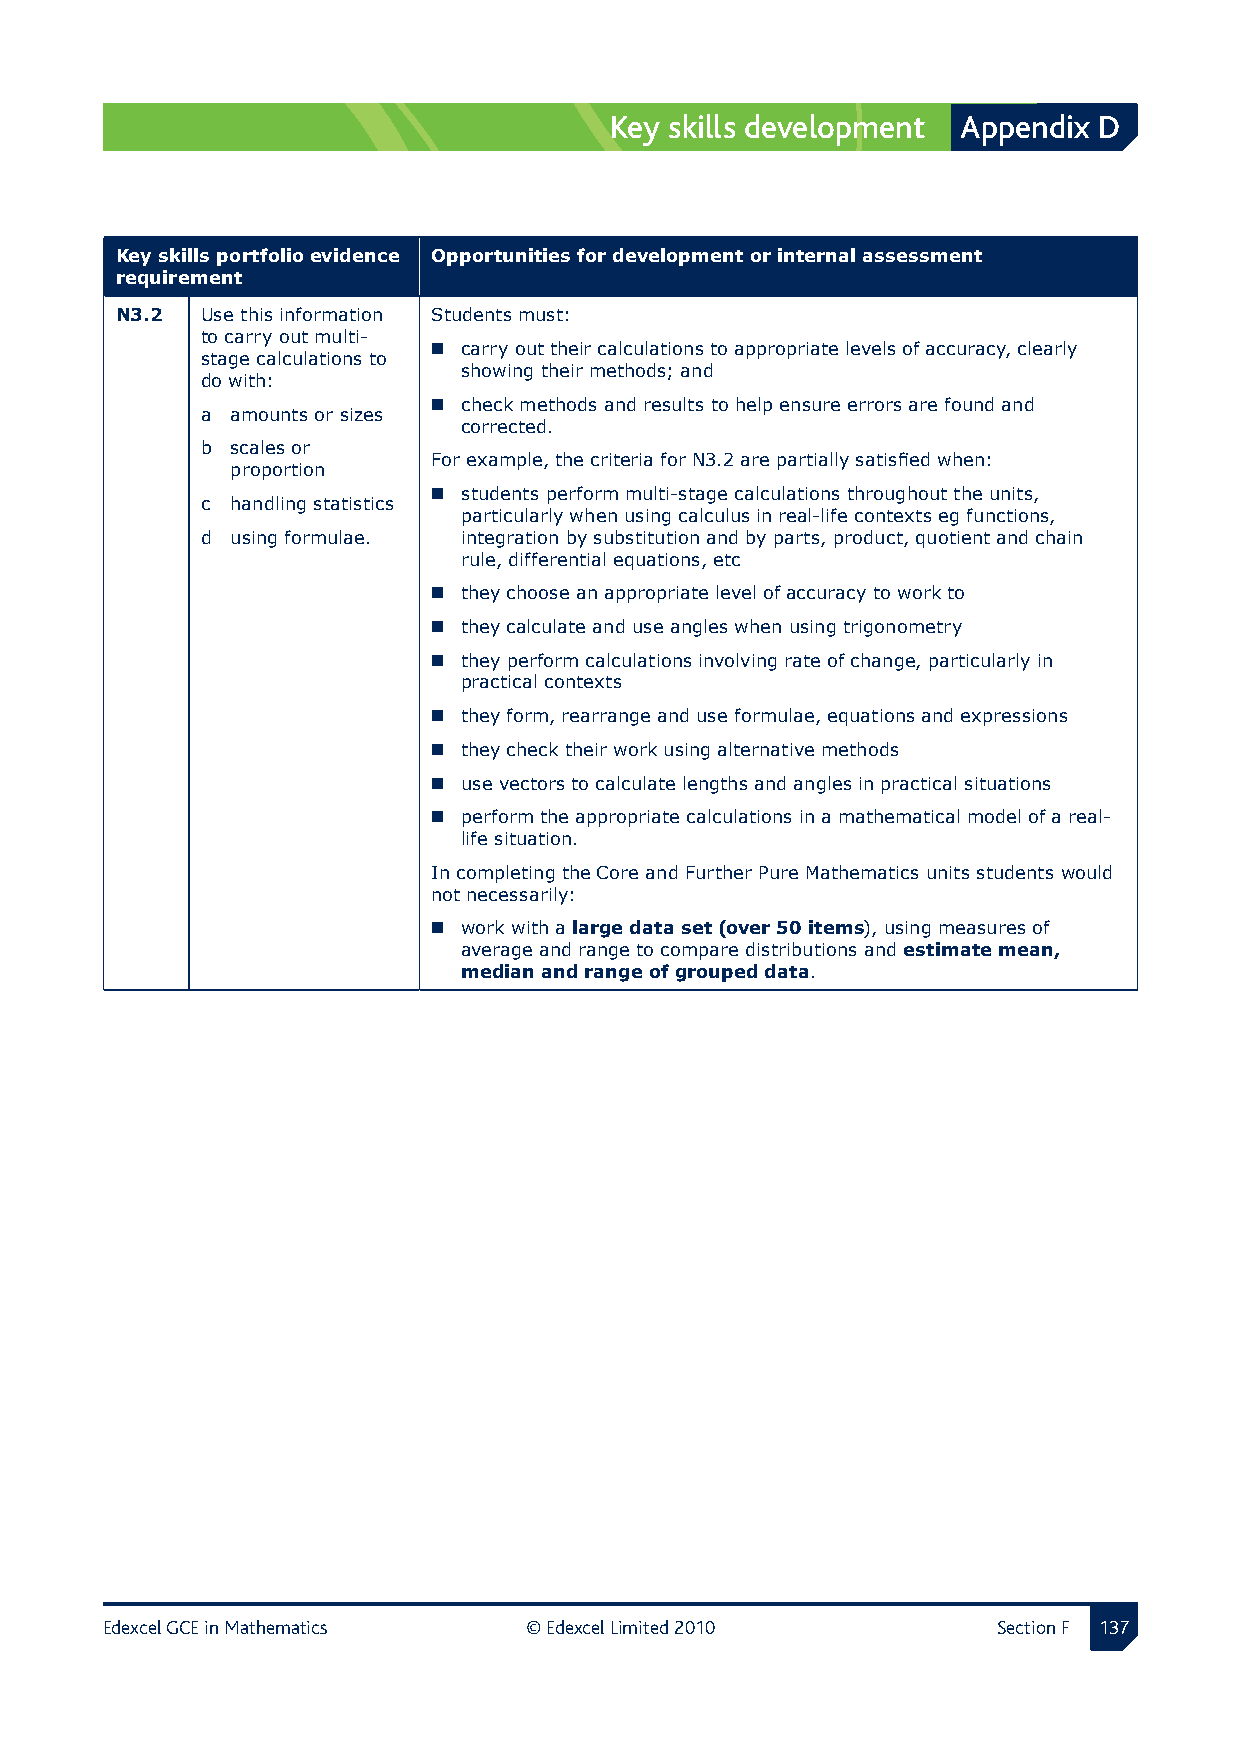
Key skills development  Appendix D
 Key skills portfolio evidence Opportunities for development or internal assessment
 requirement
 N3.2 Use this information Students must:
 to carry out multi-
  carry out their calculations to appropriate levels of accuracy, clearly
 stage calculations to
 showing their methods; and
 do with:
  check methods and results to help ensure errors are found and
 a amounts or sizes
 corrected.
 b scales or
 For example, the criteria for N3.2 are partially satisfied when:
 proportion
  students perform multi-stage calculations throughout the units,
 c handling statistics
 particularly when using calculus in real-life contexts eg functions,
 d using formulae. integration by substitution and by parts, product, quotient and chain
 rule, differential equations, etc
  they choose an appropriate level of accuracy to work to
  they calculate and use angles when using trigonometry
  they perform calculations involving rate of change, particularly in
 practical contexts
  they form, rearrange and use formulae, equations and expressions
  they check their work using alternative methods
  use vectors to calculate lengths and angles in practical situations
  perform the appropriate calculations in a mathematical model of a real-
 life situation.
 In completing the Core and Further Pure Mathematics units students would
 not necessarily:
  work with a large data set (over 50 items), using measures of
 average and range to compare distributions and estimate mean,
 median and range of grouped data.
 Edexcel GCE in Mathematics  © Edexcel Limited 2010         Section F 1